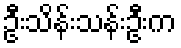
ဦးသိန်းသန်းဦးက